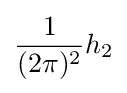
{\frac {1}{(2\pi )^{2}}}h_{2}